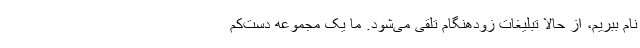
نام ببریم، از حالا تبلیغات زودهنگام تلقی می‌شود. ما یک مجموعه دست‌کم